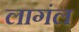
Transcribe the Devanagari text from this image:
लागंल